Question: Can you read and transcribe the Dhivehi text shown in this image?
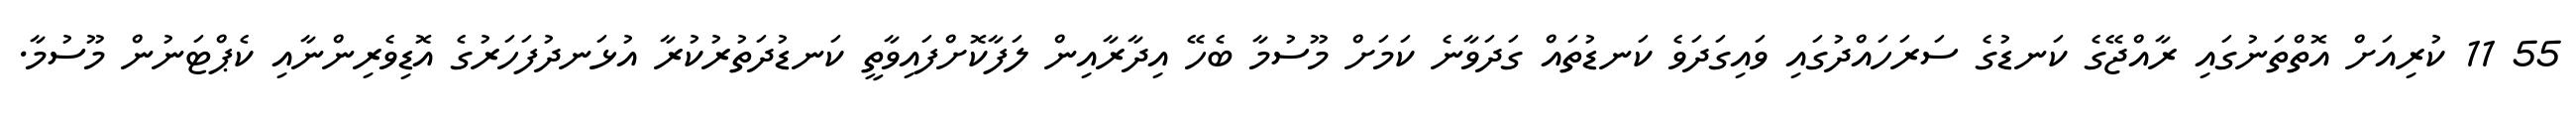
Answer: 55 11 ކުރިއަށް އޮތްތަނުގައި ރާއްޖޭގެ ކަނޑުގެ ސަރަހައްދުގައި ވައިގަދަވެ ކަނޑުތައް ގަދަވާނެ ކަމަށް މޫސުމާ ބެހޭ އިދާރާއިން ލަފާކޮށްފައިވާތީ ކަނޑުދަތުރުކުރާ އުޅަނދުފަހަރުގެ އޮޑިވެރިންނާއި ކެޕްޓަނުން މޫސުމާ.